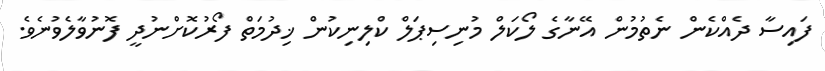
ފައިސާ ދެއްކެން ނެތުމުން އޭނާގެ ލޯކަލް މުނިސިޕަލް ކްލިނިކުން ޚިދުމަތް ފޯރުކޮށްނުދީ ފޮނުވާލެވުނެވެ.